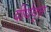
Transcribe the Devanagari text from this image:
दीर्धवृत्त